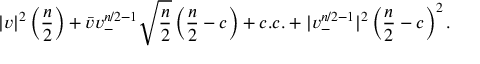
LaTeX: | v | ^ { 2 } \left( { \frac { n } { 2 } } \right) + \bar { v } v _ { - } ^ { n / 2 - 1 } \sqrt { { \frac { n } { 2 } } } \left( { \frac { n } { 2 } } - c \right) + c . c . + | v _ { - } ^ { n / 2 - 1 } | ^ { 2 } \left( { \frac { n } { 2 } } - c \right) ^ { 2 } .